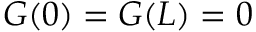
G ( 0 ) = G ( L ) = 0